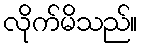
လိုက်မိသည်။